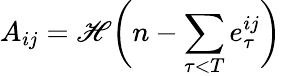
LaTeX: A_{ij}=\mathscr{H}\bigg(n-\sum_{\tau<T}e_{\tau}^{ij}\bigg)